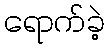
ရောက်ခဲ့